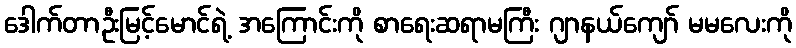
ဒေါက်တာဦးမြင့်မောင်ရဲ့ အကြောင်းကို စာရေးဆရာမကြီး ဂျာနယ်ကျော် မမလေးကို